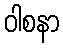
ဝါစနာ